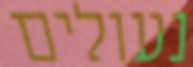
נעולים